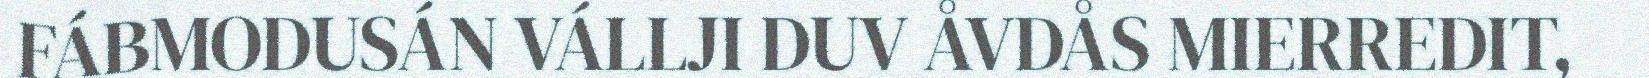
FÁBMODUSÁN VÁLLJI DUV ÅVDÅS MIERREDIT,